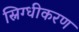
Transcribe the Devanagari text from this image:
स्निग्धीकरण